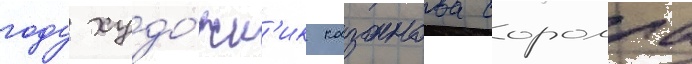
году худо́жн'ик казанова соролла